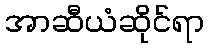
အာဆီယံဆိုင်ရာ